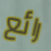
رائع